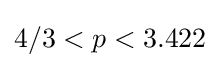
4/3<p<3.422